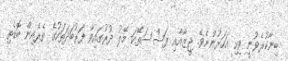
ބިނާކުރެވުނީ ވިހި އަހަރުންނެވެ. ޖީޒާއާއި ފަސްސަތޭކަ މޭލު ދުރުގައިވާ ފަރުބަދަތަކުގެ ތެރެއިން ބޮޑެތި